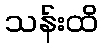
သန်းထိ